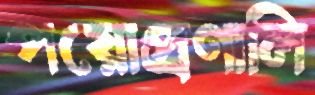
পয়োপ্রণালি